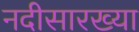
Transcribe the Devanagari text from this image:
नदीसारख्या